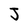
Character: J